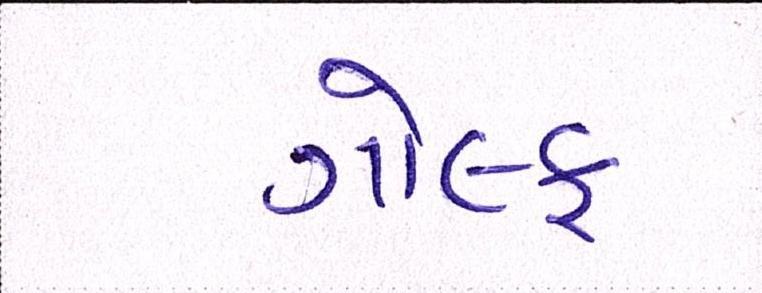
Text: ગોલ્ફ